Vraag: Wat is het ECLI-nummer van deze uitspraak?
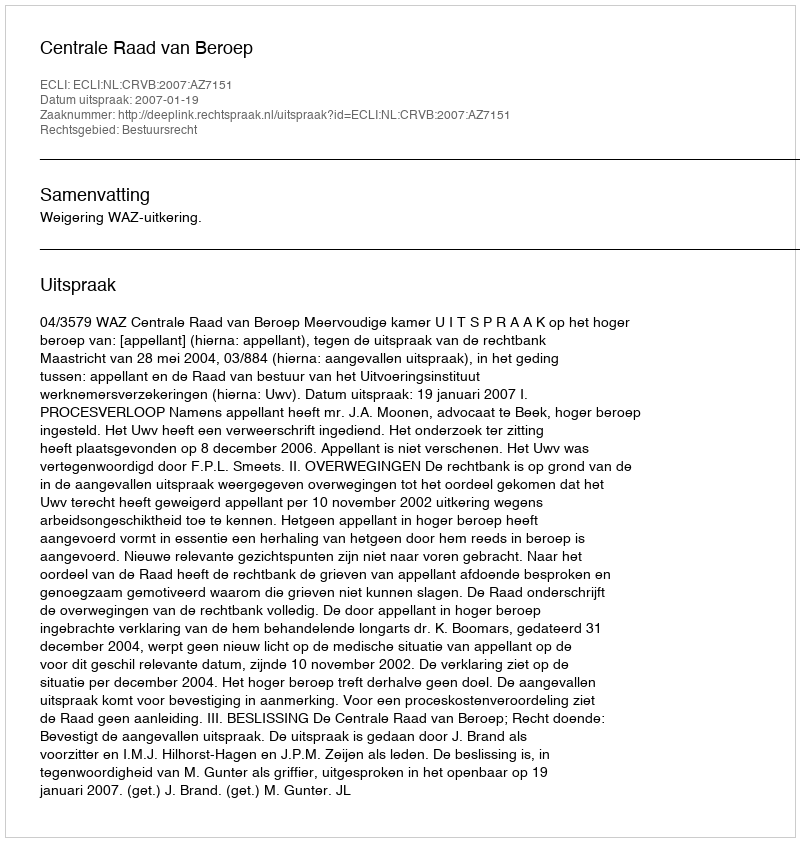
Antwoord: ECLI:NL:CRVB:2007:AZ7151